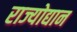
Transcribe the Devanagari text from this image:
राज्योद्यान